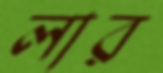
লার